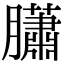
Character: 𦢩